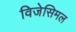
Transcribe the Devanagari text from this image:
विजेसिमल